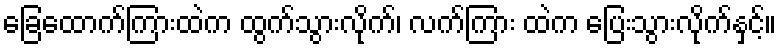
ခြေထောက်ကြားထဲက ထွက်သွားလိုက်၊ လက်ကြား ထဲက ပြေးသွားလိုက်နှင့်။